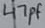
Text: 47pF